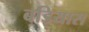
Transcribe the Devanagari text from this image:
बड़ियास